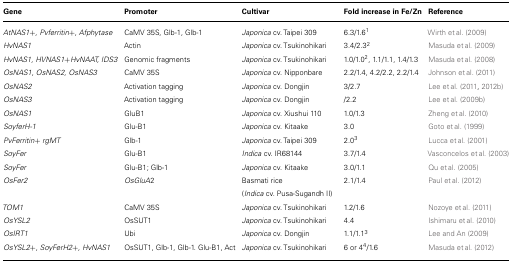
| Gene | Promoter | Cultivar | Fold increase in Fe/Zn | Reference |
 | --- | --- | --- | --- | --- |
 | AtNAS1+, Pvferritin+, Afphytase | CaMV 35S, Glb-1, Glb-1 | Japonica cv. Taipei 309 | 6.3/1.61 | Wirth et al. (2009) |
 | HvNAS1 | Actin | Japonica cv. Tsukinohikari | 3.4/2.32 | Masuda et al. (2009) |
 | HvNAS1, HVNAS1+HvNAAT, IDS3 | Genomic fragments | Japonica cv. Tsukinohikari | 1.0/1.02, 1.1/1.1, 1.4/1.3 | Masuda et al. (2008) |
 | OsNAS1, OsNAS2, OsNAS3 | CaMV 35S | Japonica cv. Nipponbare | 2.2/1.4, 4.2/2.2, 2.2/1.4 | Johnson et al. (2011) |
 | OsNAS2 | Activation tagging | Japonica cv. Dongjin | 3/2.7 | Lee et al. (2011, 2012b) |
 | OsNAS3 | Activation tagging | Japonica cv. Dongjin | /2.2 | Lee et al. (2009b) |
 | OsNAS1 | GluB1 | Japonica cv. Xiushui 110 | 1.0/1.3 | Zheng et al. (2010) |
 | SoyferH-1 | Glu-B1 | Japonica cv. Kitaake | 3.0 | Goto et al. (1999) |
 | PvFerritin+ rgMT | Glb-1 | Japonica cv. Taipei 309 | 2.03 | Lucca et al. (2001) |
 | SoyFer | Glu-B1 | Indica cv. IR68144 | 3.7/1.4 | Vasconcelos et al. (2003) |
 | SoyFer | Glu-B1; Glb-1 | Japonica cv. Kitaake | 3.0/1.1 | Qu et al. (2005) |
 | OsFer2 | OsGluA2 | Basmati rice (Indica cv. Pusa-Sugandh II) | 2.1/1.4 | Paul et al. (2012) |
 | TOM1 | CaMV 35S | Japonica cv. Tsukinohikari | 1.2/1.6 | Nozoye et al. (2011) |
 | OsYSL2 | OsSUT1 | Japonica cv. Tsukinohikari | 4.4 | Ishimaru et al. (2010) |
 | OsIRT1 | Ubi | Japonica cv. Dongjin | 1.1/1.13 | Lee and An (2009) |
 | OsYSL2+, SoyFerH2+, HvNAS1 | OsSUT1, Glb-1, Glb-1. Glu-B1, Act | Japonica cv. Tsukinohikari | 6 or 44/1.6 | Masuda et al. (2012) |